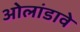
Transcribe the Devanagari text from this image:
ओलांडावे